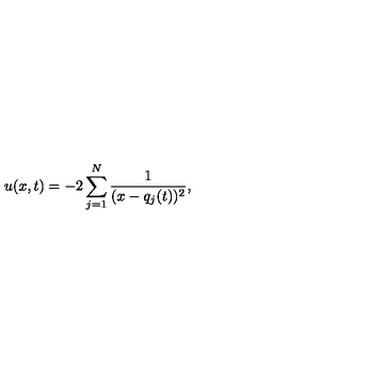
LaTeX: u ( x , t ) = - 2 \sum _ { j = 1 } ^ { N } \frac { 1 } { ( x - q _ { j } ( t ) ) ^ { 2 } } ,